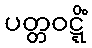
ပတ္တဝဋ္ဋိံ